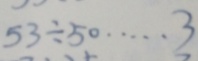
5 3 \div 5 0 \cdots 3